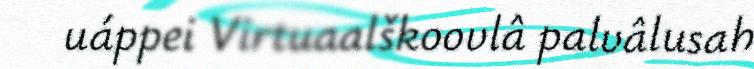
uáppei Virtuaalškoovlâ palvâlusah